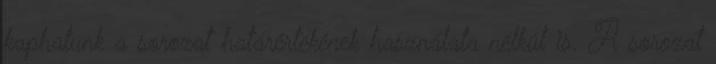
kaphatunk a sorozat határértékének használata nélkül is. A sorozat